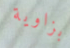
بزاوية